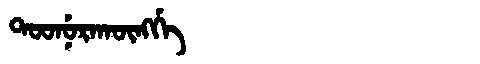
Manchu: ᡨᠣᠣᠨᡠᡵᠠᡴᡡᠩᡤᡝ
Romanization: TOONURAKŪNGGE